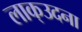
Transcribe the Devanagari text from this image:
लाक्उदना